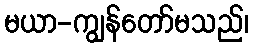
မယာ-ကျွန်တော်မသည်၊